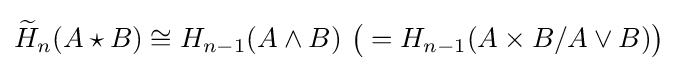
{\widetilde {H}}_{n}(A\star B)\cong H_{n-1}(A\wedge B)\ {\bigl (}=H_{n-1}(A\times B/A\vee B){\bigr )}